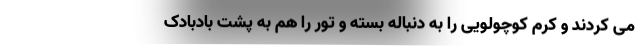
می کردند و کرم کوچولویی را به دنباله بسته و تور را هم به پشت بادبادک